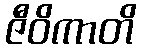
ဇီဝိကာတိ